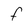
Character: f